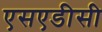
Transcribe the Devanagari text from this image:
एसएडीसी